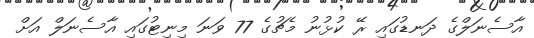
އާސެނަލްގެ ދަނޑުގައި ރޭ ކުޅުނު މެޗުގެ 77 ވަނަ މިނިޓުގައި އާސެނަލް އަށް